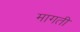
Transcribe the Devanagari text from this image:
मागती